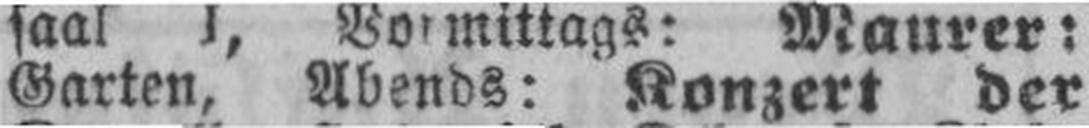
Garten, Abends: Konzert der